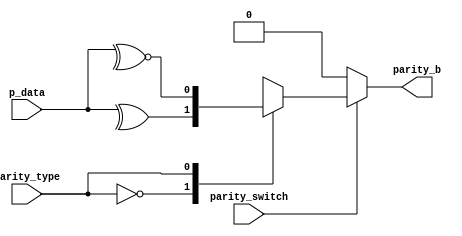
module parity (
    input wire [7:0] p_data,
    input wire       parity_type,
    input wire       parity_switch,
    output reg       parity_b
);

always @(*)
    begin
        if (parity_switch) 
            begin
                case (parity_type)
                    1'b0:parity_b=^p_data[7:0];//even parity
                    1'b1:parity_b=~^p_data[7:0];//odd parity
                endcase    
            end
        else 
            begin
                parity_b=1'b0;
            end
    end

endmodule